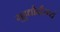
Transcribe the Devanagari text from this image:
मुहुर्द्यौर्दौस्थ्यं